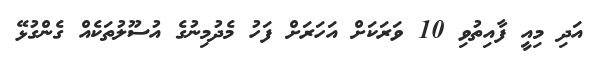
އަދި މިއީ ފާއިތުވި 10 ވަރަކަށް އަހަރަށް ފަހު މެދުމިނުގެ އުސޫލުތަކެއް ގެންގުޅޭ